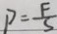
P = \frac { F } { S }